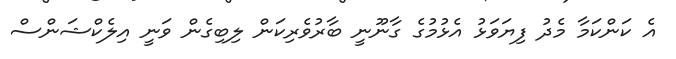
އެ ކަންކަމާ މެދު ފިޔަވަޅު އެޅުމުގެ ގާނޫނީ ބާރުވެރިކަން ލިބިގެން ވަނީ އިލެކްޝަންސް